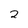
Character: 2